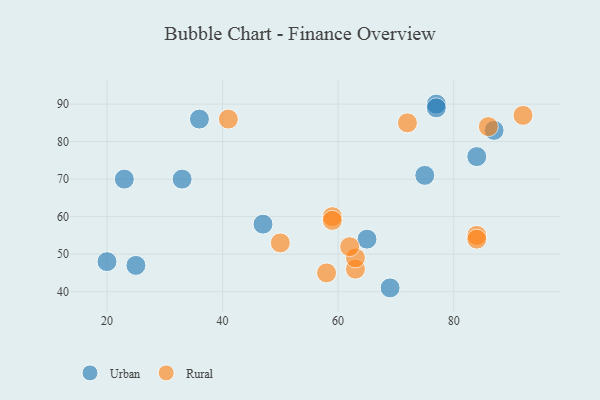
{"axis": {"x": "GDP", "y": "Life Expectancy"}, "legend": ["Rural", "Urban"], "data": [{"x": "23", "y": 70, "type": "Urban"}, {"x": "20", "y": 48, "type": "Urban"}, {"x": "33", "y": 70, "type": "Urban"}, {"x": "36", "y": 86, "type": "Urban"}, {"x": "84", "y": 76, "type": "Urban"}, {"x": "47", "y": 58, "type": "Urban"}, {"x": "65", "y": 54, "type": "Urban"}, {"x": "75", "y": 71, "type": "Urban"}, {"x": "77", "y": 90, "type": "Urban"}, {"x": "69", "y": 41, "type": "Urban"}, {"x": "87", "y": 83, "type": "Urban"}, {"x": "25", "y": 47, "type": "Urban"}, {"x": "77", "y": 89, "type": "Urban"}, {"x": "59", "y": 60, "type": "Rural"}, {"x": "63", "y": 46, "type": "Rural"}, {"x": "59", "y": 59, "type": "Rural"}, {"x": "58", "y": 45, "type": "Rural"}, {"x": "50", "y": 53, "type": "Rural"}, {"x": "86", "y": 84, "type": "Rural"}, {"x": "41", "y": 86, "type": "Rural"}, {"x": "84", "y": 55, "type": "Rural"}, {"x": "72", "y": 85, "type": "Rural"}, {"x": "92", "y": 87, "type": "Rural"}, {"x": "63", "y": 49, "type": "Rural"}, {"x": "84", "y": 54, "type": "Rural"}, {"x": "62", "y": 52, "type": "Rural"}]}